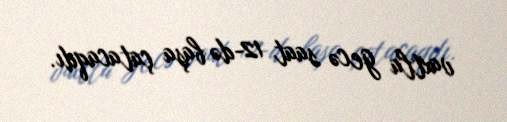
vaxtla gecə saat 12-də başa çatacaqdı.